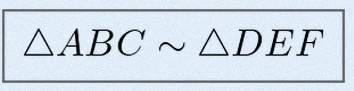
\triangle ABC\sim\triangle DEF